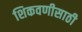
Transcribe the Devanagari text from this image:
शिकवणीसाठी